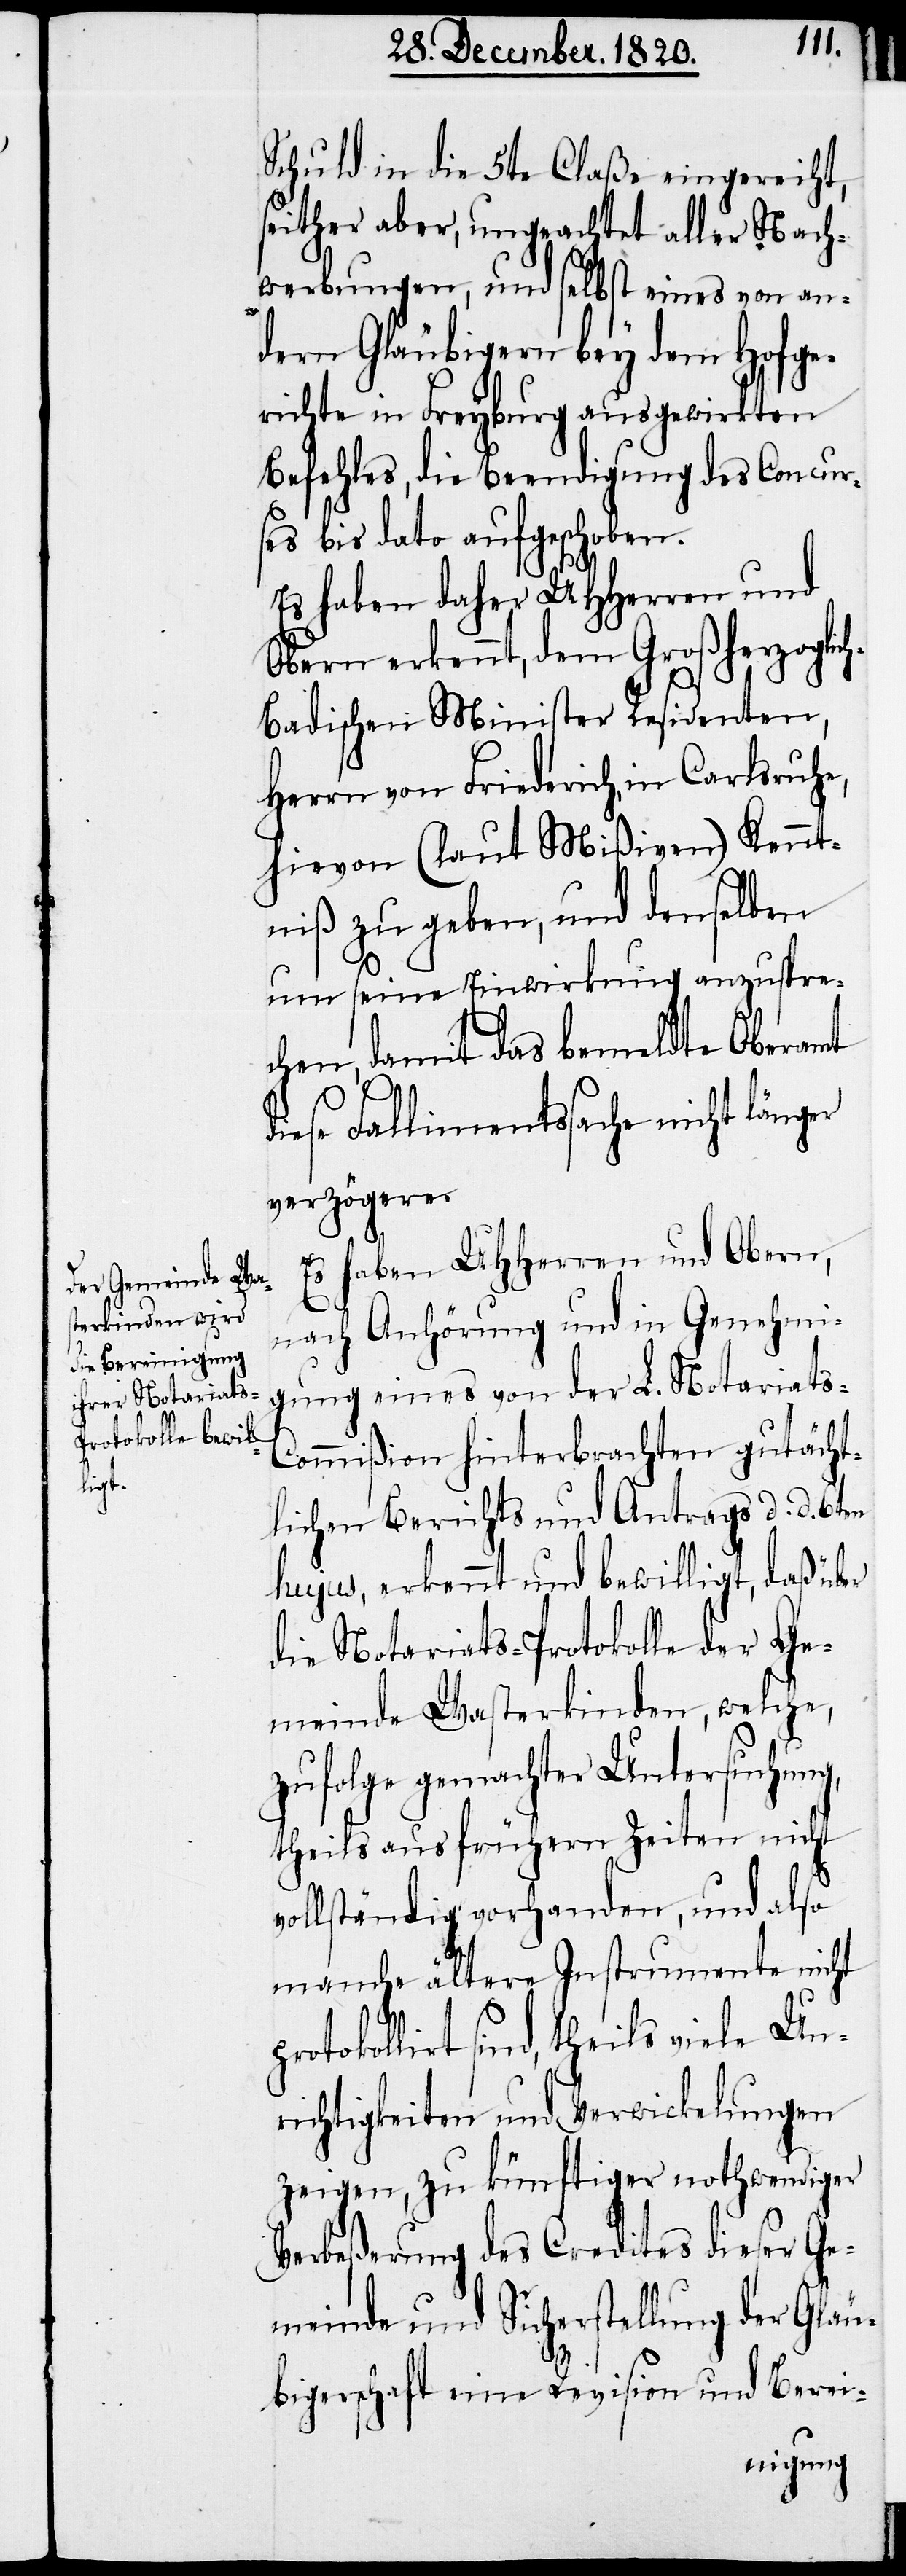
p¬
Schuld in die 5te Claße eingereicht,
seither aber, ungeachtet aller Nach¬
werbungen, und selbst eines von an¬
dern Gläubigern bey dem Hofge¬
richte in Freyburg ausgewirkten
Befehles, die Beendigung des Concur¬
ses bis dato aufgeschoben.
Es haben daher UHHerren und
Obern erkennt, dem Großherzoglic¬
h-Badischen Minister Residenten,
Herrn von Friederich, in Carlsruhe,
hievon (laut Mißiven) Kennt¬
niß zu geben, und denselben
um seine Einwirkung anzuspre¬
chen, damit das bemeldte Oberamt
diese Fallimentssache nicht länger
verzögere.
Es haben UHHerren und Obern,
nach Anhörung und in Genehmi¬
gung eines von der L. Notariats-C¬
ommißion hinterbrachten gutächt¬
lichen Berichts und Antrags d. d. 6ten
hujus, erkennt und bewilligt, daß über
die Notariats-Protokolle der Ge¬
meinde Wasterkinden, welche,
zufolge gemachter Untersuchung,
theils aus frühern Zeiten nicht
vollständig vorhanden, und also
manche ältere Instrumente nicht
rotokollirt sind, theils viele Un¬
richtigkeiten und Verwickelungen
zeigen, zu künftiger nothwendiger
Verbeßerung des Credites dieser Ge¬
meinde und Sicherstellung der Gläu¬
bigerschaft eine Revision und Berei-